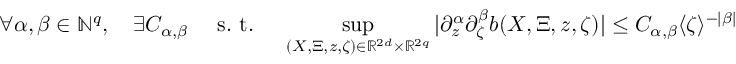
\forall \alpha , \beta \in \mathbb { N } ^ { q } , \quad \exists C _ { \alpha , \beta } \quad \mathrm { ~ s . ~ t . ~ } \quad \operatorname* { s u p } _ { ( X , \Xi , z , \zeta ) \in \mathbb { R } ^ { 2 d } \times \mathbb { R } ^ { 2 q } } | \partial _ { z } ^ { \alpha } \partial _ { \zeta } ^ { \beta } b ( X , \Xi , z , \zeta ) | \leq C _ { \alpha , \beta } \langle \zeta \rangle ^ { - | \beta | }